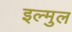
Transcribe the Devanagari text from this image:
इल्मुल